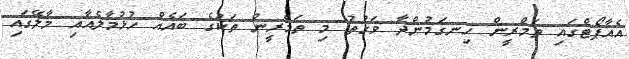
އެއާޕޯޓްގައި ތަމްރީން ހިނގަމުންދާ ވަގުތު މި ތަމްރީން ތަކުގެ ބައެއް ހުޅުމާލެއާއި މާލޭގައި